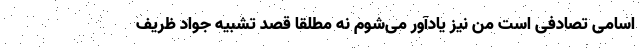
اسامی تصادفی است من نیز یادآور می‌شوم نه مطلقا قصد تشبیه جواد ظریف